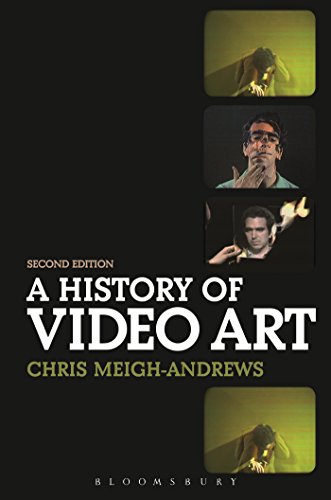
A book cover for A History of Video Art; Chris Meigh-Andrews; Arts & Photography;